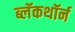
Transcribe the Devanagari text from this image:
ब्लॅकथॉर्न